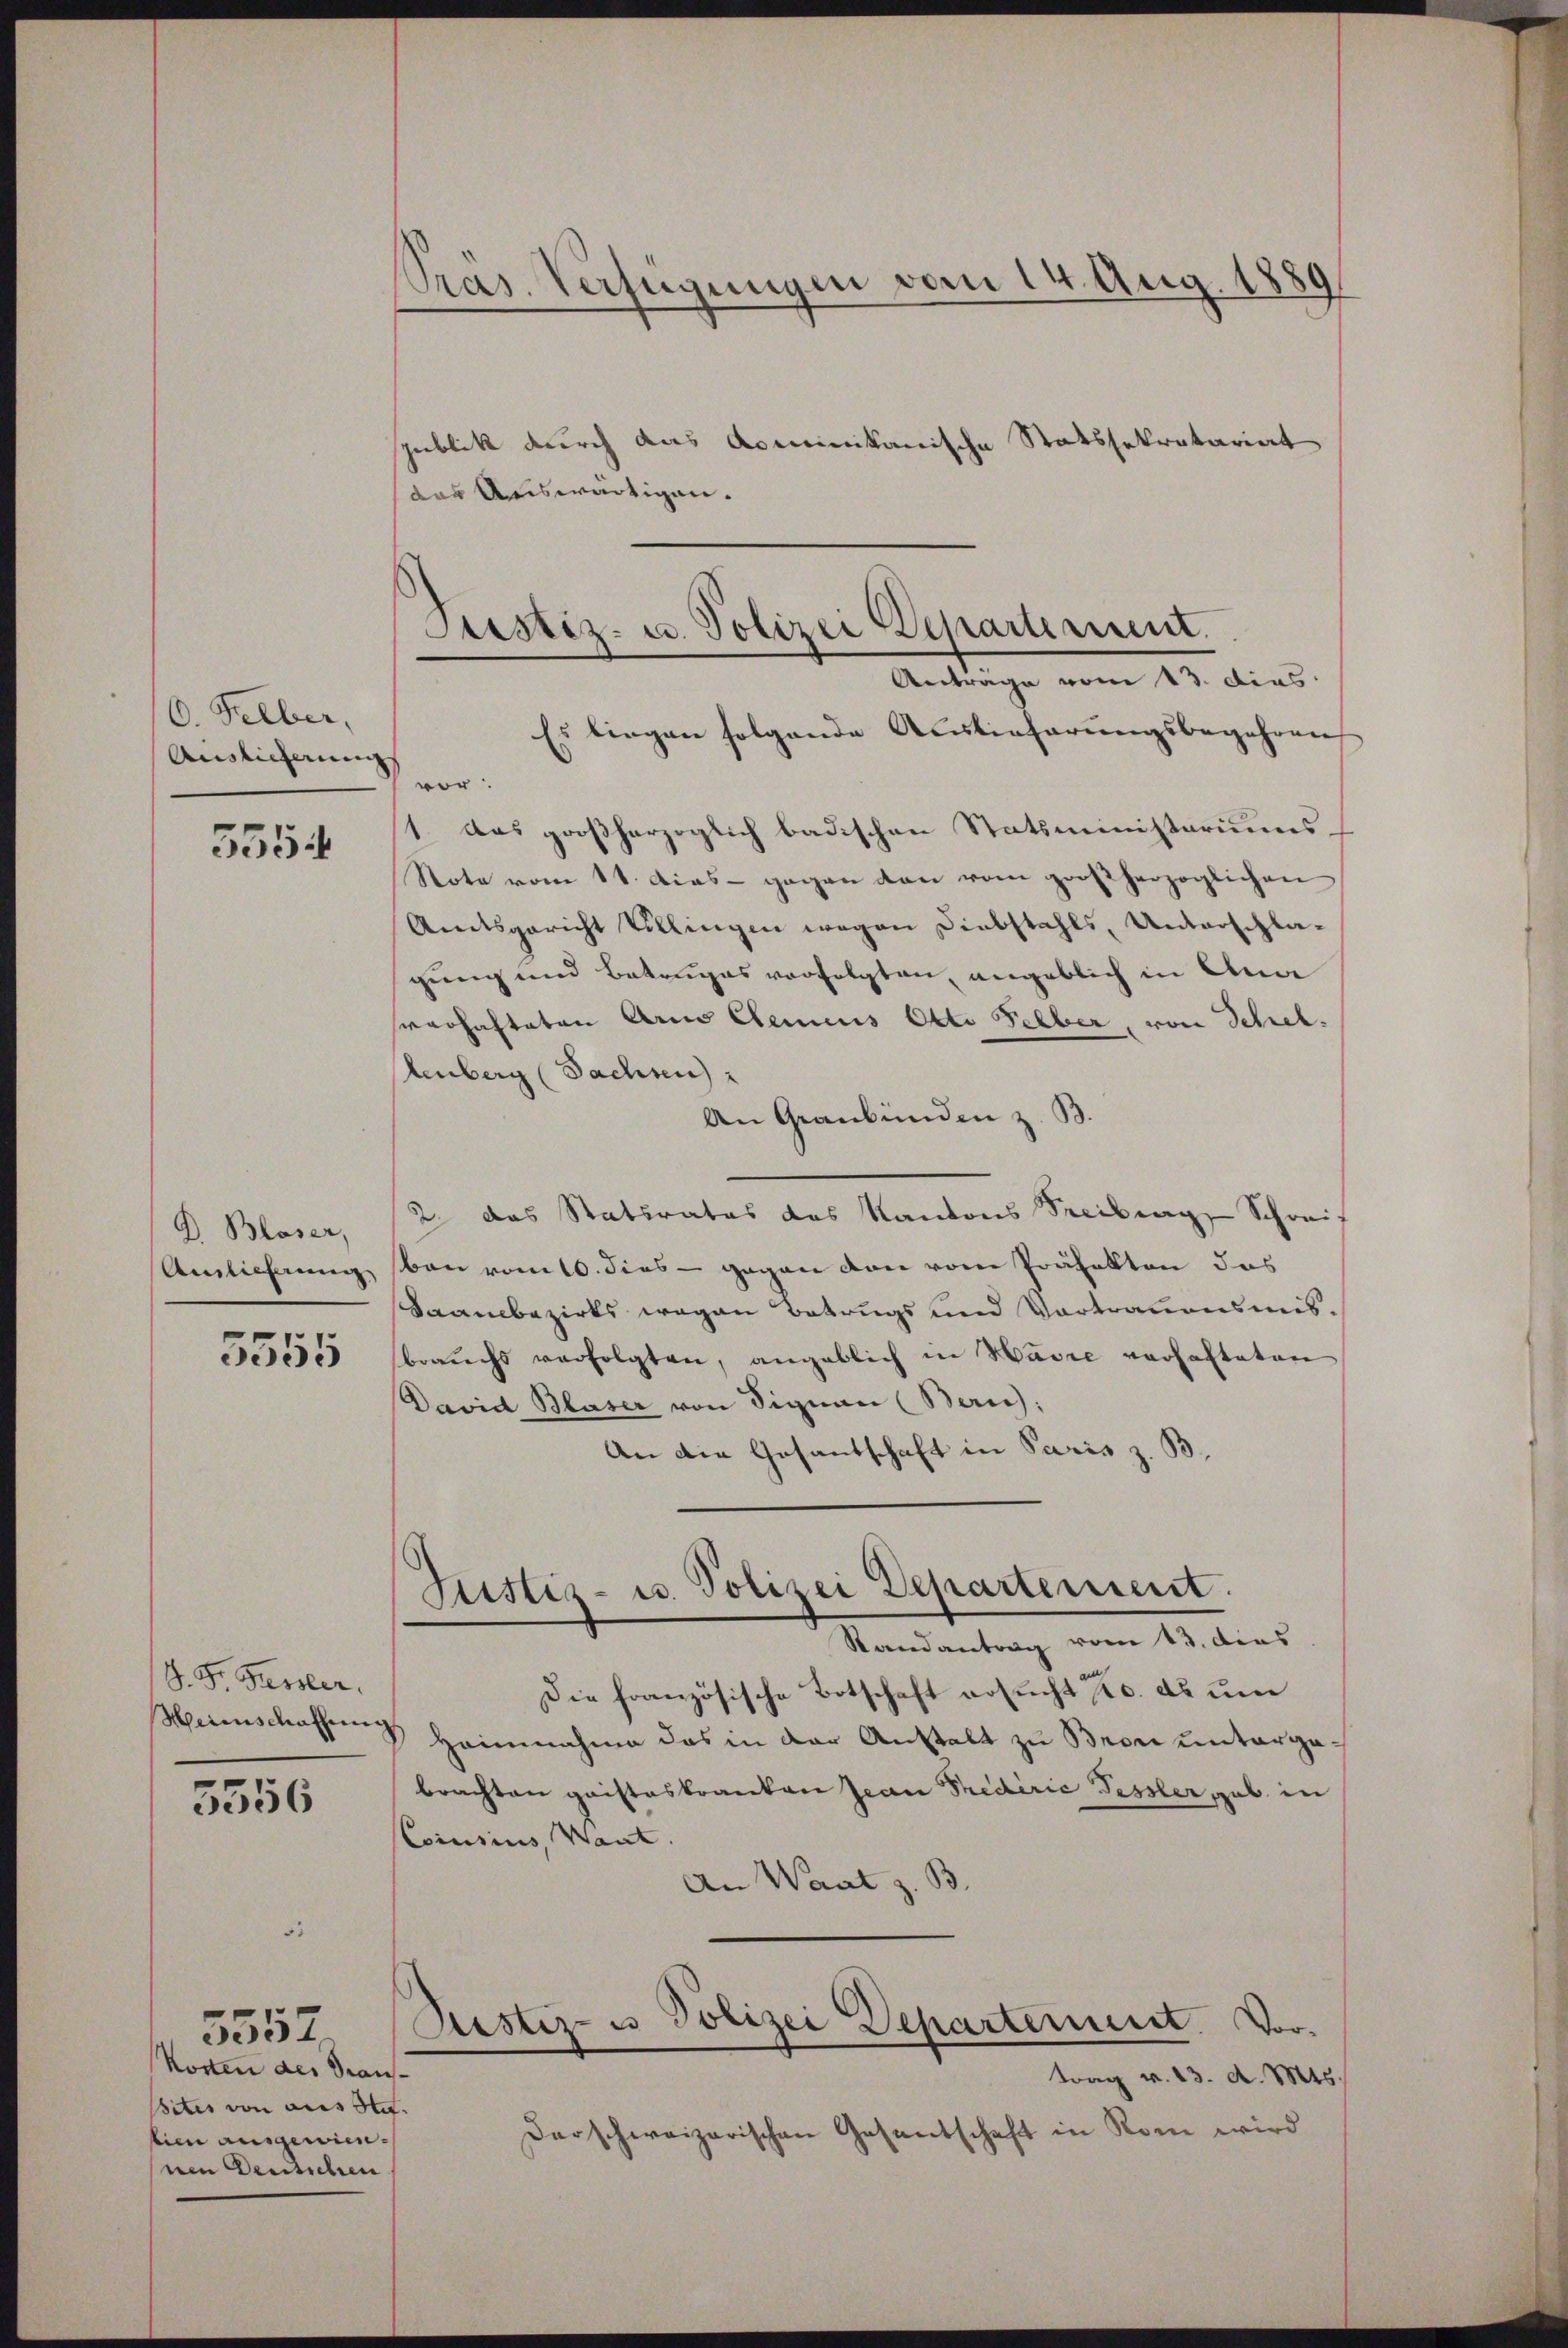
10. Felber,
Auslieferung

5554

D. Blaser,
Ainlicherung,

5555

J. F. Fiessler.
Herinschaffung

5356

Kosten des Draus-
sites von ausste.
sien ausgewiennen Deutschen

5552.

Präs. Verfügungen vom 14. Aug. 1889

Justiz- u. Polizei Departement.
Antrage vom 13. dies

publik durch das dominikanische Statssekretariat
das Auswärtigen.
Es lingen folgende Auslieferungsbegehren
vor:
1. Das großherzoglich badischen Statsministeriums¬
Note vom 11. das gegen den vom großherzoglichen
Amtsgericht Villingen wegen Diebstahls, Unterschla-
gung und Betruges verfolgten, angeblich in Ana
verhafteten Arco Clenius Otto Selber, von Schrei¬
Renberg (Sachsen
An Graubünden z. B.
2 das Statirates des Kantons Freiburg, Schreif
ben vom 10. dies - gegen von vom Präfekten das
Saambezirks wegen Betrugs und Vortrauensmisbrauchs verfolgten, angeblich in Havre verhafteten
David Blaser von Signau (Zürich:
An die Gesantschaft in Paris z. B.
Justiz- u. Polizei Departement.
Randantrag vom 13. dies
Die französische Botschaft ersŭcht c. ds ŭm
Hoinnahme das in der Anstalt zu Bron untergabrachten gaisteskranken Jean Predirie Fessler geb. in
Coisius, Want.
An Waat z. B.
Justiz- u Polizei Departement. Vortrag v. 13. d. Mts.
darschweizerischen Gesentschaft in Rom wird